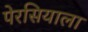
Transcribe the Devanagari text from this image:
पेरसियाला